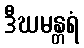
ဒီဃမန္တရံ